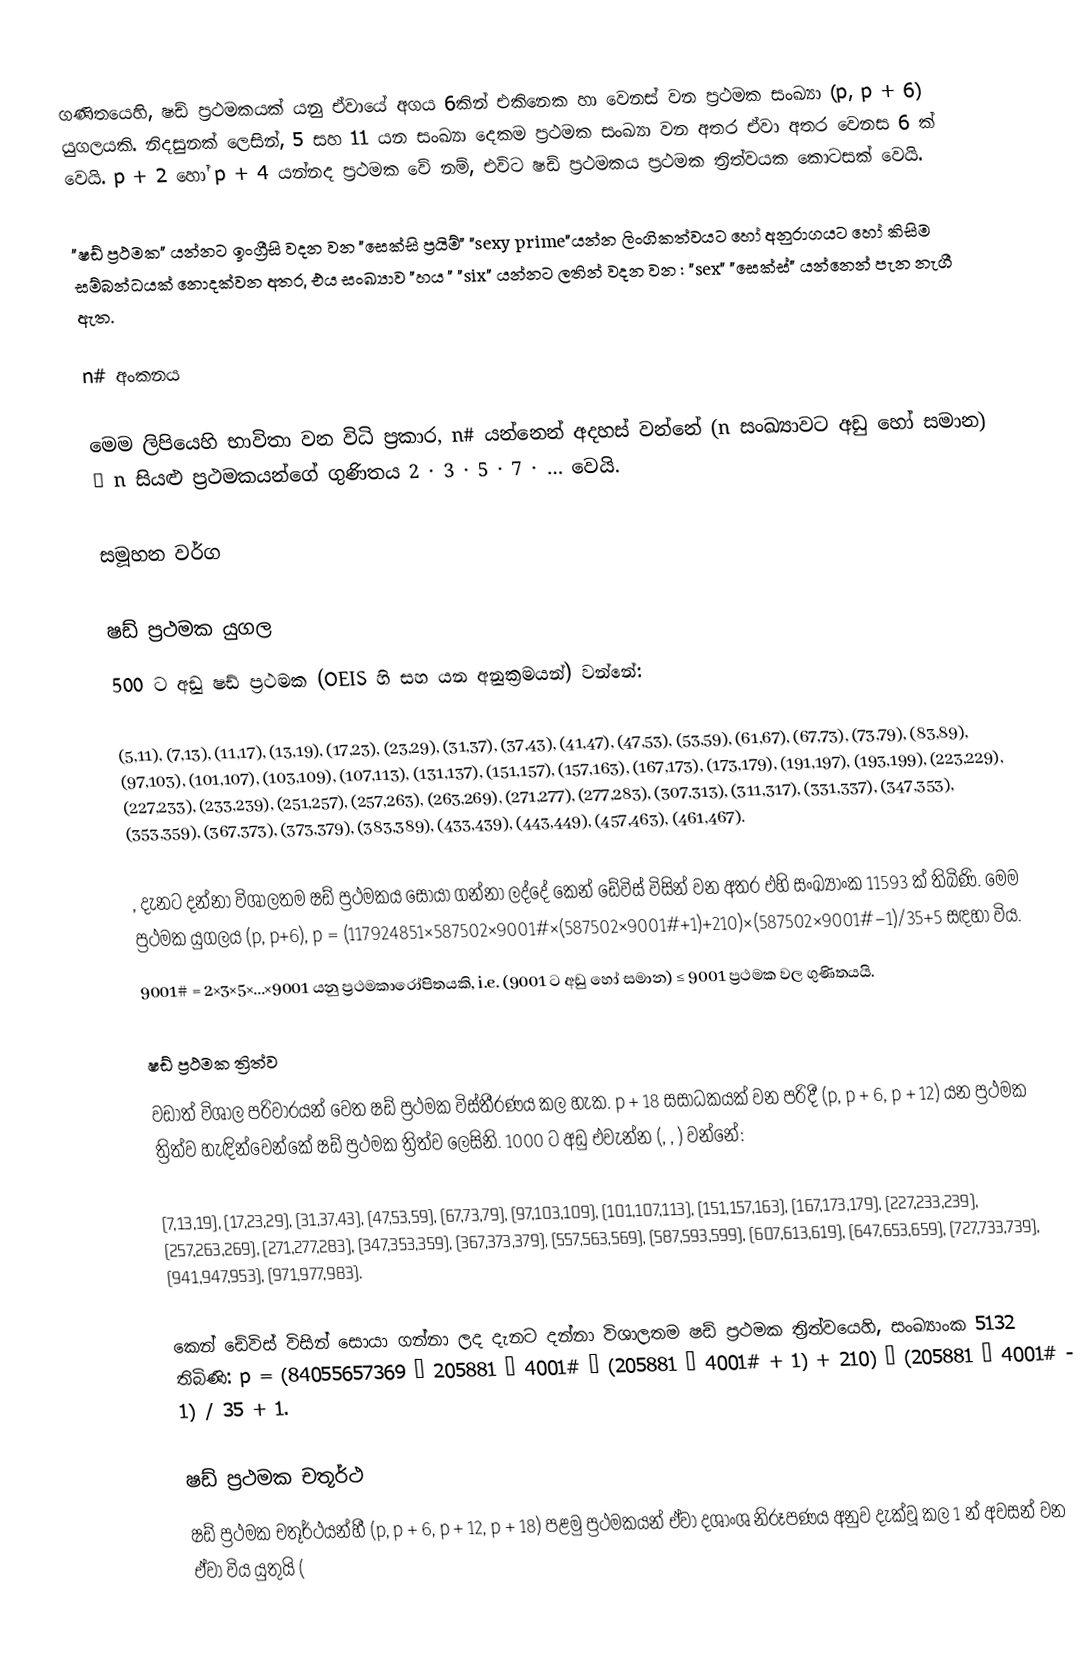
ගණිතයෙහි, ෂඩ් ප්‍රථමකයක් යනු ඒවායේ අගය 6කින් එකිනෙක හා වෙනස් වන ප්‍රථමක සංඛ්‍යා (p, p + 6) යුගලයකි. නිදසුනක් ලෙසින්, 5 සහ 11 යන සංඛ්‍යා දෙකම ප්‍රථමක සංඛ්‍යා වන අතර ඒවා අතර වෙනස 6 ක් වෙයි. p + 2 හෝ p + 4 යන්නද ප්‍රථමක වේ නම්, එවිට ෂඩ් ප්‍රථමකය ප්‍රථමක ත්‍රිත්වයක කොටසක් වෙයි.

"ෂඩ් ප්‍රථමක" යන්නට ඉංග්‍රීසි වදන වන "සෙක්සි ප්‍රයිම්" "sexy prime"යන්න ලිංගිකත්වයට හෝ අනුරාගයට හෝ කිසිම සම්බන්ධයක් නොදක්වන අතර, එය සංඛ්‍යාව "හය " "six" යන්නට ලතින් වදන වන : "sex" "සෙක්ස්" යන්නෙන් පැන නැගී ඇත.

n# අංකනය

මෙම ලිපියෙහි භාවිතා වන විධි ප්‍රකාර, n# යන්නෙන් අදහස් වන්නේ  (n සංඛ්‍යාවට අඩු හෝ සමාන) ≤ n සියළු ප්‍රථමකයන්ගේ ගුණිතය 2 · 3 · 5 · 7 · … වෙයි.

සමූහන වර්ග

ෂඩ් ප්‍රථමක යුගල
500 ට අඩු ෂඩ් ප්‍රථමක (OEIS හි  සහ  යන අනුක්‍රමයන්) වන්නේ:

(5,11), (7,13), (11,17), (13,19), (17,23), (23,29), (31,37), (37,43), (41,47),    (47,53), (53,59), (61,67), (67,73), (73,79), (83,89), (97,103), (101,107), (103,109), (107,113), (131,137), (151,157), (157,163), (167,173), (173,179), (191,197), (193,199), (223,229), (227,233), (233,239), (251,257), (257,263), (263,269), (271,277), (277,283), (307,313), (311,317), (331,337), (347,353), (353,359), (367,373), (373,379), (383,389), (433,439), (443,449), (457,463), (461,467).

, දැනට දන්නා විශාලතම ෂඩ් ප්‍රථමකය සොයා ගන්නා ලද්දේ කෙන් ඩේවිස් විසින් වන අතර එහි සංඛ්‍යාංක  11593 ක් තිබිණි. මෙම ප්‍රථමක යුගලය (p, p+6), p = (117924851×587502×9001#×(587502×9001#+1)+210)×(587502×9001#−1)/35+5 සඳහා විය.
9001# = 2×3×5×...×9001 යනු ප්‍රථමකාරෝපිතයකි, i.e. (9001 ට අඩු හෝ සමාන) ≤ 9001 ප්‍රථමක වල ගුණිතයයි.

 ෂඩ් ප්‍රථමක ත්‍රිත්ව
වඩාත් විශාල පරිවාරයන් වෙත ෂඩ් ප්‍රථමක විස්තීරණය කල හැක.  p + 18 සසාධකයක් වන පරිදී (p, p + 6, p + 12) යන ප්‍රථමක ත්‍රිත්ව හැඳින්වෙන්කේ  ෂඩ් ප්‍රථමක ත්‍රිත්ව ලෙසිනි. 1000 ට අඩු එවැන්න (, , ) වන්නේ:

(7,13,19), (17,23,29), (31,37,43), (47,53,59), (67,73,79), (97,103,109), (101,107,113), (151,157,163), (167,173,179), (227,233,239), (257,263,269), (271,277,283), (347,353,359), (367,373,379), (557,563,569), (587,593,599), (607,613,619), (647,653,659), (727,733,739), (941,947,953), (971,977,983).

 කෙන් ඩේවිස් විසින් සොයා ගන්නා ලද දැනට දන්නා විශාලතම ෂඩ් ප්‍රථමක ත්‍රිත්වයෙහි, සංඛ්‍යාංක 5132 තිබිණි: p = (84055657369 · 205881 · 4001# · (205881 · 4001# + 1) + 210) · (205881 · 4001# - 1) / 35 + 1.

 ෂඩ් ප්‍රථමක චතූර්ථ
ෂඩ් ප්‍රථමක චතූර්ථයන්හී   (p, p + 6, p + 12, p + 18) පළමු ප්‍රථමකයන් ඒවා දශාංශ නිරූපණය අනුව දැක්වූ කල 1 න් අවසන් වන ඒවා විය යුතුයි (